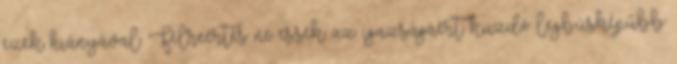
ezek hiányával. Félreértés ne essék: az igazságáért küzdő legbúsképűbb